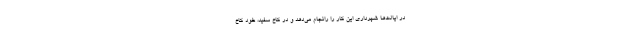
در ایالت‌ها شهرداری این کار را رانجام می‌دهد و در کاخ سفید، خود کاخ